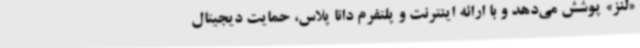
«لنز» پوشش می‌دهد و با ارائه اینترنت و پلتفرم دانا پلاس، حمایت دیجیتال